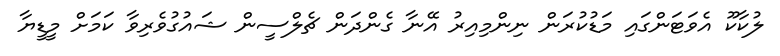
ލުކާކޫ އެވަޓަންގައި މަޑުކުރަން ނިންމިއިރު އޭނާ ގެންދަން ޗެލްސީން ޝައުގުވެރިވާ ކަމަށް މީޑީޔާ